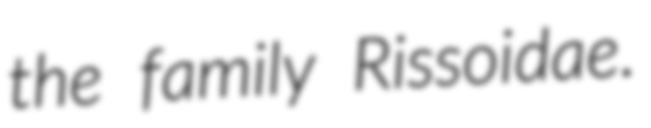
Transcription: the family Rissoidae.